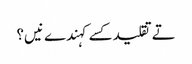
تے تقلید کسے کہندے نیں؟